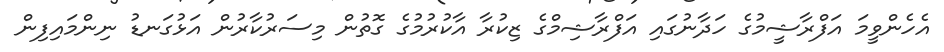
އެހެންވީމަ އަފްރާޝީމުގެ ހަދާނުގައި އަފްރާޝިމްގެ ޒިކުރާ އާކުރުމުގެ ގޮތުން މިސަރުކާރުން އަޅުގަނޑު ނިންމައިފިން